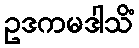
ဥဒကမဒါသိံ